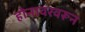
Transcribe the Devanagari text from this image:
होनावरवरून